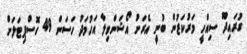
ގުރައިދޫ ސިއްހީ މަރުކަޒުން ބުނީ އެރަށު އޯޝަންވިލާ އަހުމަދު ހަސަން 49 ހޮސްޕިޓަލަށް